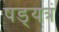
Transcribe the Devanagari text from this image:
षड््यत्रं